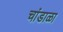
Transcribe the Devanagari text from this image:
चांडाळा